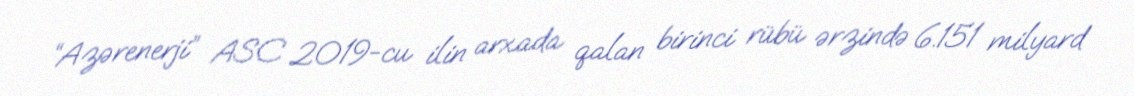
“Azərenerji” ASC 2019-cu ilin arxada qalan birinci rübü ərzində 6.151 milyard